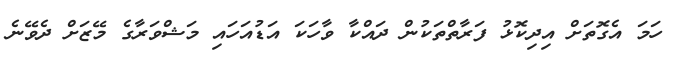
ހަމަ އެގޮތަށް އިދިކޮޅު ފަރާތްތަކުން ދައްކާ ވާހަކަ އަޑުއަހައި މަޝްވަރާގެ މޭޒަށް ދެވޭނެ